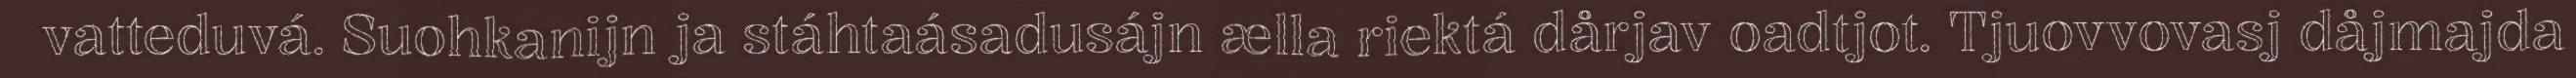
vatteduvá. Suohkanijn ja stáhtaásadusájn ælla riektá dårjav oadtjot. Tjuovvovasj dåjmajda